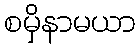
စမှိနာမယာ